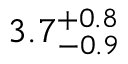
3 . 7 _ { - 0 . 9 } ^ { + 0 . 8 }